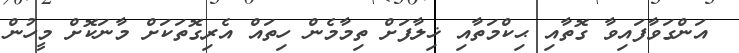
އަންގަވާފައިވާ ގޮތާއި ޙިކްމަތާއި ޚިލާފަށް ތިމާމެން ހިތައް އެރިގޮތަކަށް މާނަކޮށް މީހުން